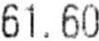
61.60